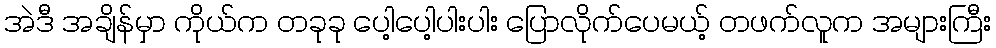
အဲဒီ အချိန်မှာ ကိုယ်က တခုခု ပေါ့ပေါ့ပါးပါး ပြောလိုက်ပေမယ့် တဖက်လူက အများကြီး